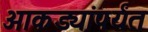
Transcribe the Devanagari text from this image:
आकड्यांपर्यंत